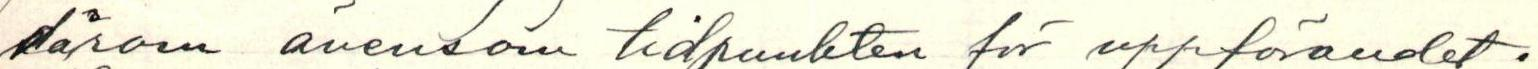
därom ävensom tidpunkten för uppförandet.